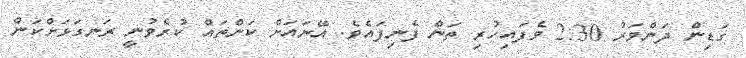
ގަޑިން ދަންވަރު 2:30 ވެފައިހުރި ތަން ފެނިފައެވެ. އޭނައަށް ކަންތައް ކުރެވުނީ ރަނގަޅަށްކަން